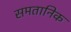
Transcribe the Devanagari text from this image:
समतानिक